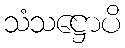
သံသဋ္ဌောပိ